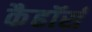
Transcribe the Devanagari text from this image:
कैहॉर्स